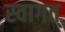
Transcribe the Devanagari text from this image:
स्वागत्